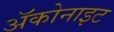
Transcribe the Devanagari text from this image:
ॲकोनाइट